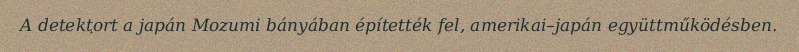
A detektort a japán Mozumi bányában építették fel, amerikai–japán együttműködésben.